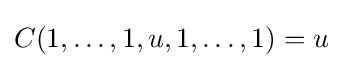
C(1,\dots ,1,u,1,\dots ,1)=u